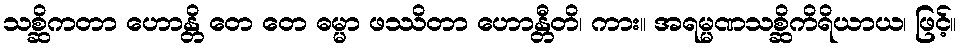
သစ္ဆိကတာ ဟောန္တိ တေ တေ ဓမ္မာ ဖဿိတာ ဟောန္တီတိ၊ ကား။ အရမ္မဏသစ္ဆိကိရိယာယ၊ ဖြင့်။